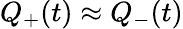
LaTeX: Q_{+}(t)\approx Q_{-}(t)